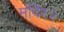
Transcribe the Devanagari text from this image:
मंदिर२